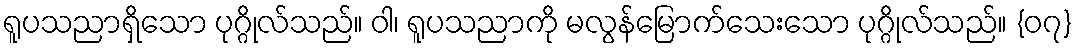
ရူပသညာရှိသော ပုဂ္ဂိုလ်သည်။ ဝါ၊ ရူပသညာကို မလွန်မြောက်သေးသော ပုဂ္ဂိုလ်သည်။ {၀၇}